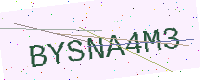
Text: BYSNA4M3